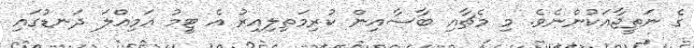
ގެ ނަތީޖާއަކުންނެވެ. މި މެޗާއި ބާސާއިން ކުރިމަތިލިއިރު އެ ޓީމު އަމިއްލަ ދަނޑުގައި